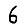
Digit: 6